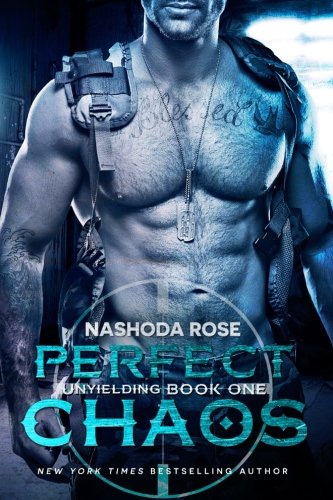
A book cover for Perfect Chaos (Unyielding) (Volume 1); Nashoda Rose; Romance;